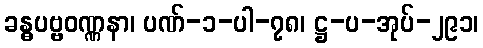
ခန္ဓပဗ္ဗဝဏ္ဏနာ၊ ပဏ်-၁-ပါ-၇၈၊ ဋ္ဌ-ပ-အုပ်-၂၉၁၊